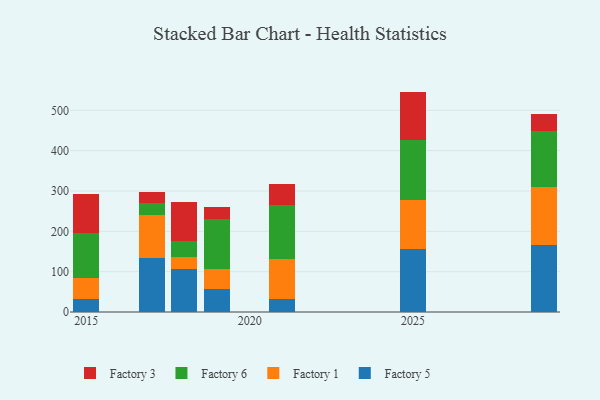
{"axis": {"x": "Year", "y": "Production Output"}, "legend": ["Factory 1", "Factory 3", "Factory 5", "Factory 6"], "data": [{"x": "2017", "y": 134.0, "type": "Factory 5"}, {"x": "2017", "y": 106.2, "type": "Factory 1"}, {"x": "2017", "y": 29.7, "type": "Factory 6"}, {"x": "2017", "y": 27.3, "type": "Factory 3"}, {"x": "2019", "y": 56.4, "type": "Factory 5"}, {"x": "2019", "y": 51.2, "type": "Factory 1"}, {"x": "2019", "y": 123.5, "type": "Factory 6"}, {"x": "2019", "y": 28.6, "type": "Factory 3"}, {"x": "2025", "y": 157.4, "type": "Factory 5"}, {"x": "2025", "y": 121.3, "type": "Factory 1"}, {"x": "2025", "y": 146.6, "type": "Factory 6"}, {"x": "2025", "y": 121.1, "type": "Factory 3"}, {"x": "2029", "y": 165.0, "type": "Factory 5"}, {"x": "2029", "y": 144.2, "type": "Factory 1"}, {"x": "2029", "y": 139.2, "type": "Factory 6"}, {"x": "2029", "y": 41.4, "type": "Factory 3"}, {"x": "2021", "y": 33.3, "type": "Factory 5"}, {"x": "2021", "y": 98.3, "type": "Factory 1"}, {"x": "2021", "y": 132.8, "type": "Factory 6"}, {"x": "2021", "y": 51.8, "type": "Factory 3"}, {"x": "2018", "y": 105.7, "type": "Factory 5"}, {"x": "2018", "y": 30.5, "type": "Factory 1"}, {"x": "2018", "y": 39.7, "type": "Factory 6"}, {"x": "2018", "y": 97.4, "type": "Factory 3"}, {"x": "2015", "y": 32.1, "type": "Factory 5"}, {"x": "2015", "y": 52.1, "type": "Factory 1"}, {"x": "2015", "y": 112.9, "type": "Factory 6"}, {"x": "2015", "y": 94.7, "type": "Factory 3"}]}